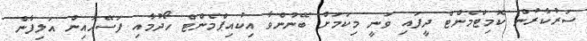
ސަރުކާރުން ކޮމިޓްމެންޓް ދީފައި ވަނީ މިކަމަށް ބޭނުންވާ އިކުއިޕްމެންޓް ހޯދުމާއި ފަސޭހައިން އަލިފާން